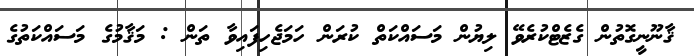
ޤާނޫނީގޮތުން ގެޒެޓްކުރެވޭ ލިޔުން މަސައްކަތް ކުރަން ހަމަޖެހިފައިވާ ތަން : މަޤާމުގެ މަސައްކަތުގެ